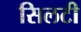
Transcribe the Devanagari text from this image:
सिलटी